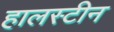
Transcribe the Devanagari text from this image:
हालस्टीन